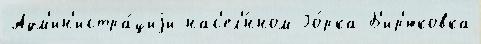
Адм'ин'истра́циjи нас'ел'́нном Го́рка Б'ир'юковка